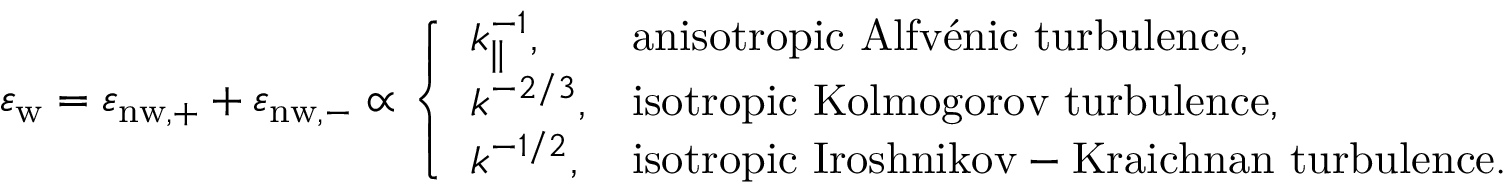
\varepsilon _ { \mathrm { w } } = \varepsilon _ { \mathrm { n { w } , + } } + \varepsilon _ { \mathrm { n { w } , - } } \propto \left\{ \begin{array} { l l } { k _ { \parallel } ^ { - 1 } , } & { \mathrm { a n i s o t r o p i c ~ A l f v \' e n i c ~ t u r b u l e n c e } , } \\ { k ^ { - 2 / 3 } , } & { \mathrm { i s o t r o p i c ~ K o l m o g o r o v ~ t u r b u l e n c e } , } \\ { k ^ { - 1 / 2 } , } & { \mathrm { i s o t r o p i c ~ I r o s h n i k o v - K r a i c h n a n ~ t u r b u l e n c e } . } \end{array} \right.